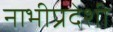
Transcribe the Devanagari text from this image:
नाभीप्रदेशी